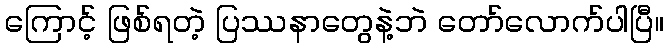
ကြောင့် ဖြစ်ရတဲ့ ပြဿနာတွေနဲ့ဘဲ တော်လောက်ပါပြီ။